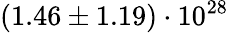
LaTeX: (1.46\pm 1.19)\cdot 10^{28}